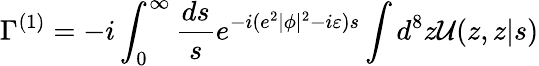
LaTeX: \Gamma^{(1)}=-i\int_{0}^{\infty}\frac{ds}{s}e^{-i(e^{2}|\phi|^{2}-i\varepsilon)s}\int d^{8}z{\cal U}(z,z|s)